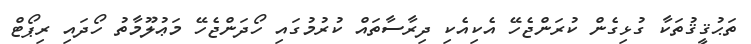
ތަޙުޤީޤުތަކާ ގުޅިގެން ކުރަންޖެހޭ އެކިއެކި ދިރާސާތައް ކުރުމުގައި ހޯދަންޖެހޭ މަޢުލޫމާތު ހޯދައި ރިޕޯޓް